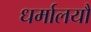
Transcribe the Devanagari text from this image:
धर्मालयौं